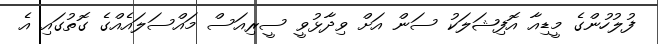
ފުލުހުންގެ މީޑިއާ އޮފިޝަލަކު ސަން އަށް ވިދާޅުވީ ސީރިއަސް މައްސަލައެއްގެ ގޮތުގައި އެ